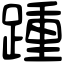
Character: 踵